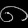
Digit: ၈